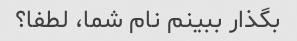
بگذار ببینم نام شما، لطفا؟